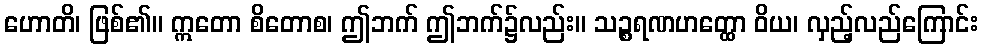
ဟောတိ၊ ဖြစ်၏။ ဣတော စိတောစ၊ ဤဘက် ဤဘက်၌လည်း။ သဉ္စရဏဟတ္ထော ဝိယ၊ လှည့်လည်ကြောင်း